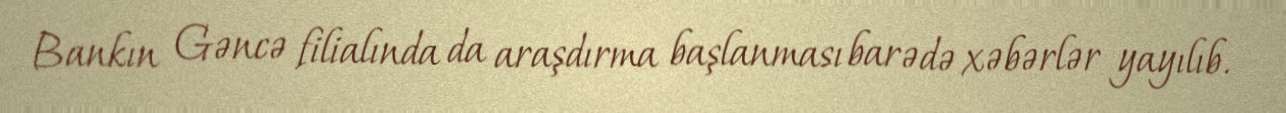
Bankın Gəncə filialında da araşdırma başlanması barədə xəbərlər yayılıb.